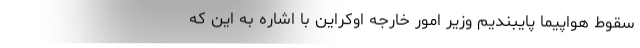
سقوط هواپیما پایبندیم وزیر امور خارجه اوکراین با اشاره به این که